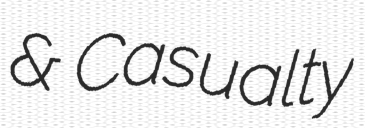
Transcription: & Casualty